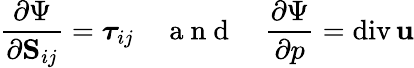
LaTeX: \frac{\partial\Psi}{\partial\mathrm{\mathbf S}_{ij}}=\boldsymbol{\tau}_{ij}\quad\mathrm{~a~n~d~}\quad\frac{\partial\Psi}{\partial p}=\mathrm{div}\, {\mathbf u}